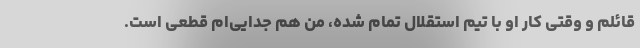
قائلم و وقتی کار او با تیم استقلال تمام شده، من هم جدایی‌ام قطعی است.